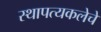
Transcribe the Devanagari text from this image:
स्थापत्यकलेचे